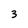
Character: 3